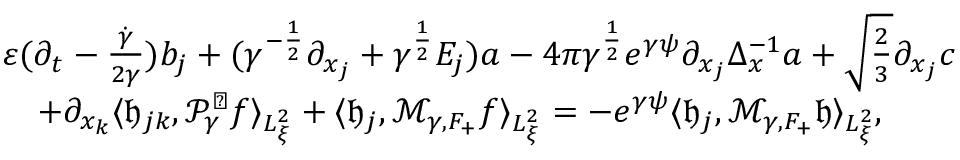
\begin{array} { r l } & { \varepsilon ( \partial _ { t } - \frac { \dot { \gamma } } { 2 \gamma } ) b _ { j } + ( \gamma ^ { - \frac { 1 } { 2 } } \partial _ { x _ { j } } + \gamma ^ { \frac { 1 } { 2 } } E _ { j } ) a - 4 \pi \gamma ^ { \frac { 1 } { 2 } } e ^ { \gamma \psi } \partial _ { x _ { j } } \Delta _ { x } ^ { - 1 } a + \sqrt { \frac { 2 } { 3 } } \partial _ { x _ { j } } c } \\ & { \ \ \ + \partial _ { x _ { k } } \langle \mathfrak h _ { j k } , \mathcal P _ { \gamma } ^ { \perp } f \rangle _ { L _ { \xi } ^ { 2 } } + \langle \mathfrak h _ { j } , \mathcal M _ { \gamma , F _ { + } } f \rangle _ { L _ { \xi } ^ { 2 } } = - e ^ { \gamma \psi } \langle \mathfrak h _ { j } , \mathcal M _ { \gamma , F _ { + } } \mathfrak h \rangle _ { L _ { \xi } ^ { 2 } } , } \end{array}